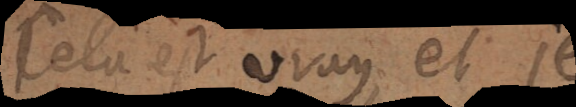
Cela est vray, et je